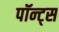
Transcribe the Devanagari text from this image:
पॉन्ट्स